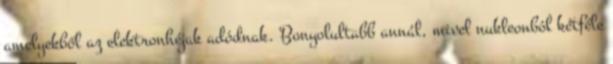
amelyekből az elektronhéjak adódnak. Bonyolultabb annál, mivel nukleonból kétféle